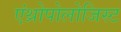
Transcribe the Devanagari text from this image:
एंथ्रोपोलोजिस्ट